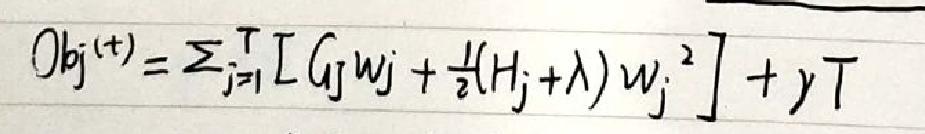
\[ Obj^{(t)}=\sum_{j = 1}^{T}\left[G_jw_j+\frac{1}{2}(H_j+\lambda)w_j^2\right]+yT \]